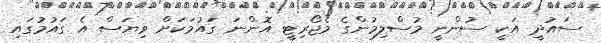
ސައުދީ އަކީ ސުންނީ މުސްލިމުންގެ މެޖޯރިޓީ އޮންނަ ގައުމަކަށް ވިޔަސް އެ ގައުމުގައި